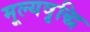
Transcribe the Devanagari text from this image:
मूल्‍यवृद्धि